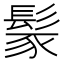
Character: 𩭐